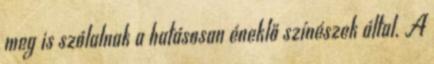
meg is szólalnak a hatásosan éneklő színészek által. A